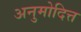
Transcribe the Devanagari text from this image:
अनुमोदित्त